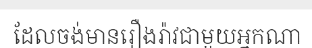
ដែលចង់មានរឿងរ៉ាវជាមួយអ្នកណា